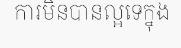
ការមិនបានល្អទេក្នុង